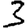
Digit: 3